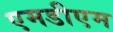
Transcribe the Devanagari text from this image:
एमडीएम